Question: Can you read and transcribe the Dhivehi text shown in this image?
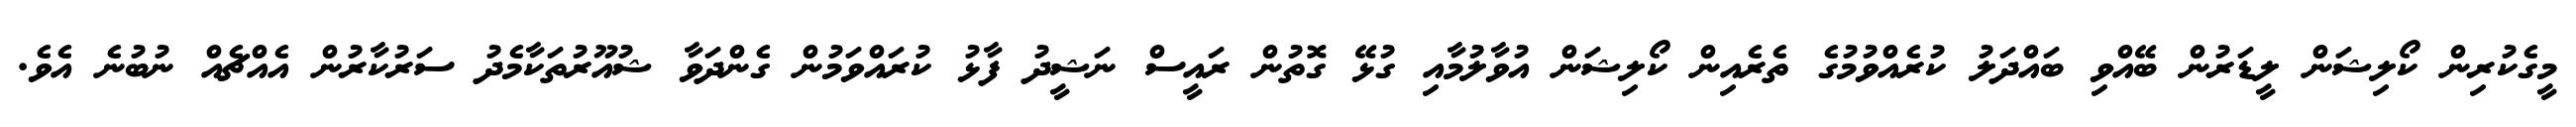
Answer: މީގެކުރިން ކޯލިޝަން ލީޑަރުން ބޭއްވި ބައްދަލު ކުރެއްވުމުގެ ތެރެއިން ކޯލިޝަން އުވާލުމާއި ގުޅޭ ގޮތުން ރައީސް ނަޝީދު ފާޅު ކުރައްވަމުން ގެންދަވާ ޝުއޫރުތަކާމެދު ސަރުކާރުން އެއްޗެއް ނުބުނެ އެވެ.